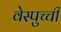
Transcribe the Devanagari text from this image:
वेस्पुच्ची